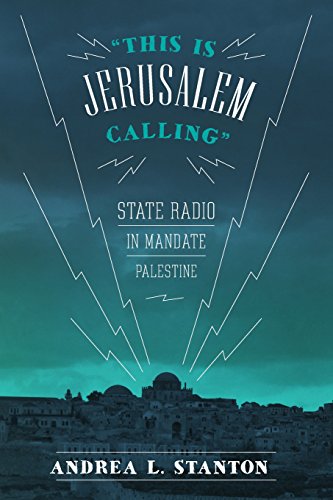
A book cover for "This Is Jerusalem Calling": State Radio in Mandate Palestine; Andrea L. Stanton; Humor & Entertainment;